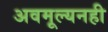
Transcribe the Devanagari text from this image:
अवमूल्यनही